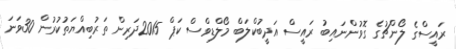
ރައީސްގެ ލޯންޗުގެ ގޮވުންނައިބު ރައީސް އަދީބުކްލަބް މޯލްޑިވްސް ކަޕް 2015ދަރިން ތަރުބިއްޔަތުކުރުން 30ވަނަ